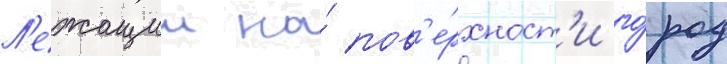
Л'ежащии на́ пов'е́рхност'и го́род